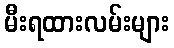
မီးရထားလမ်းများ